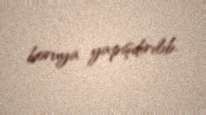
boruya yapışdırılıb.